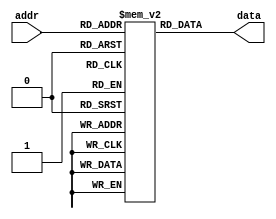
module Memory (
    input [7:0] addr,
    output [7:0] data
);
    reg [7:0] mem [0:255];

    initial begin
        // Load program
        mem[0] = 8'h01;  // LOAD 3
        mem[1] = 8'h02;  // ADD 9
        mem[2] = 8'hFF;  // HALT
    end

    assign data = mem[addr];
endmodule